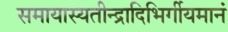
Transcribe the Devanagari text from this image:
समायास्यतीन्द्रादिभिर्गीयमानं